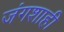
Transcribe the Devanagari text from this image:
जंगशाही